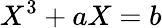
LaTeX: X^{3}+aX=b